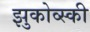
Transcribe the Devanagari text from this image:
झुकोव्स्की